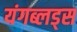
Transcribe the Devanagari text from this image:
यंगब्लड्स